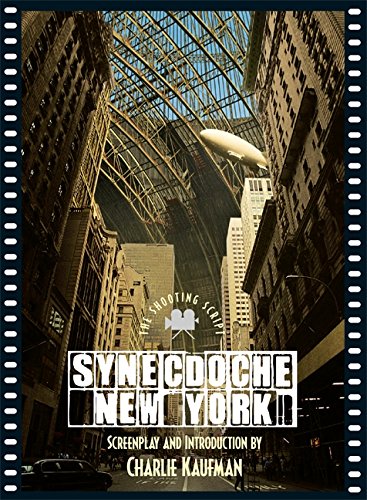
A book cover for Synecdoche, New York: The Shooting Script; Charlie Kaufman; Humor & Entertainment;